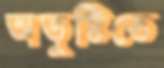
অতুষ্টিতে